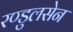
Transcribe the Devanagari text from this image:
रण्डुलसेन